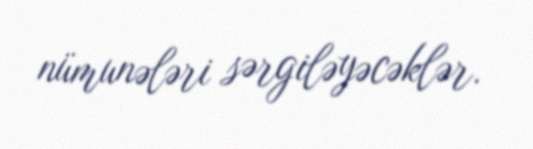
nümunələri sərgiləyəcəklər.